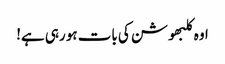
اوہ کلبھوشن کی بات ہو رہی ہے!